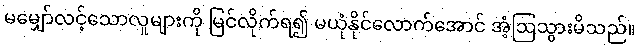
မမျှော်လင့်သောလူများကို မြင်လိုက်ရ၍ မယုံနိုင်လောက်အောင် အံ့ဩသွားမိသည်။